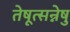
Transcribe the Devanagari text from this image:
तेषूत्सन्नेषु